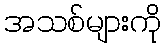
အသစ်များကို